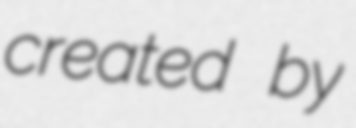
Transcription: created by